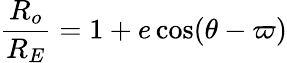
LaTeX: {\frac{R_{o}}{R_{E}}}={1+e\cos(\theta-\varpi)}